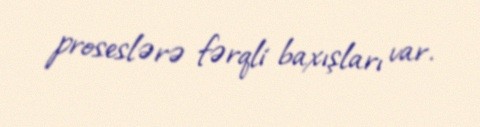
proseslərə fərqli baxışları var.